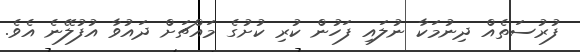
ފުރުސަތެއް ދިނުމަކާ ނުލައި ފަހުން ކުރި ކުށުގެ މައްޗަށް ދައުވާ އުފުލޭނެ އެވެ.